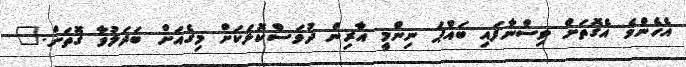
އެހެންވެ އެގޮތަށް ވިސްނާފައި ބައްޕަ ނިންމީ އާރިން ދުވަސްކޮޅަކަށް މިގެއަށް ބަދަލުވާ ގޮތަށް."